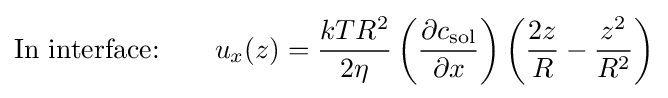
{\text{In interface:}}~~~~~~u_{x}(z)={\frac {kTR^{2}}{2\eta }}\left({\frac {\partial c_{\text{sol}}}{\partial x}}\right)\left({\frac {2z}{R}}-{\frac {z^{2}}{R^{2}}}\right)